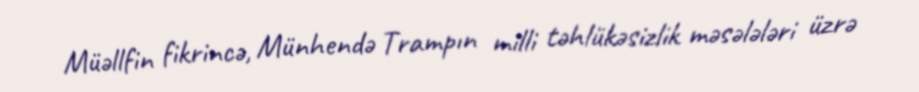
Müəllfin fikrincə, Münhendə Trampın milli təhlükəsizlik məsələləri üzrə